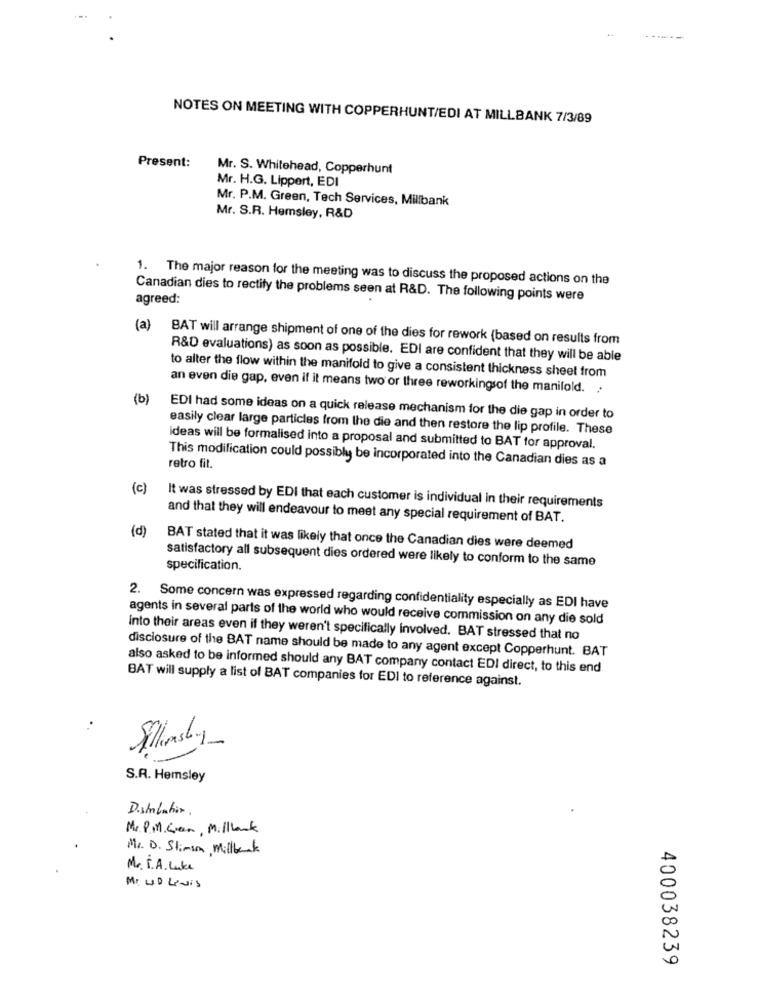
NOTES ON MEETING WITH COPPERHUNT/EDI AT MILLBANK 7/3/89
Present:
Mr. S. Whitehead, Copperhunt
Mr. H.G. Lippert, EDI
Mr. P.M. Green, Tech Services, Millbank
Mr. S.R. Hemsley, R&D
1. The major reason for the meeting was to discuss the proposed actions on the
agreed:
Canadian dies to rectify the problems seen at R&D. The following points were
(a)
BAT will arrange shipment of one of the dies for rework (based on results from
R&D evaluations) as soon as possible. EDI are confident that they will be able
to alter the flow within the manifold to give a consistent thickness sheet from
an even die gap, even if it means two or three reworkingsof the manifold.
(b)
EDI had some ideas on a quick release mechanism for the die gap in order to
easily clear large particles from the die and then restore the lip profile. These
ideas will be formalised into a proposal and submitted to BAT for approval.
This modification could possibly be incorporated into the Canadian dies as a
retro fit.
(c)
It was stressed by EDI that each customer is individual in their requirements
and that they will endeavour to meet any special requirement of BAT.
(d)
BAT stated that it was likely that once the Canadian dies were deemed
satisfactory all subsequent dies ordered were likely to conform to the same
specification.
2. Some concern was expressed regarding confidentiality especially as EDI have
agents in several parts of the world who would receive commission on any die sold
Into their areas even if they weren't specifically involved. BAT stressed that no
disclosure of the BAT name should be made to any agent except Copperhunt. BAT
also asked to be informed should any BAT company contact EDI direct, to this end
BAT will supply a list of BAT companies for EDI to reference against.
S.R. Hemsley
Distributor.
Mr. P.M. Green, Millbank
Mr. D. Stimm, Millbank
Mr. T.A. Luke
MI UD Levis
00
N
0
400038239